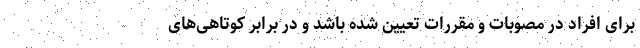
برای افراد در مصوبات و مقررات تعیین شده باشد و در برابر کوتاهی‌های